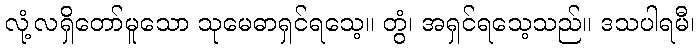
လုံ့လရှိတော်မူသော သုမေဓာရှင်ရသေ့။ တွံ၊ အရှင်ရသေ့သည်။ ဒသပါရမီ၊